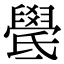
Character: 𣱓